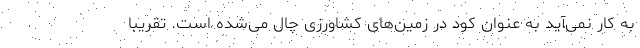
به کار نمی‌آید به عنوان کود در زمین‌های کشاورزی چال می‌شده است. تقریبا